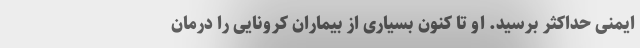
ایمنی حداکثر برسید. او تا کنون بسیاری از بیماران کرونایی را درمان